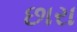
છારા